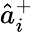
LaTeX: \hat{a}_{i}^{+}